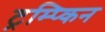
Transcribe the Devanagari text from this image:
ट्रम्प्किन